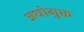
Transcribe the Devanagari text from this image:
अधोमुक्त